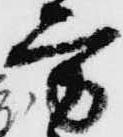
方